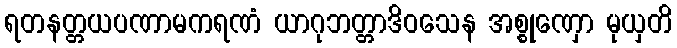
ရတနတ္တယပဏာမကရဏံ ယာဂုဘတ္တာဒိဝသေန အစ္စုဏှော မုယှတိ